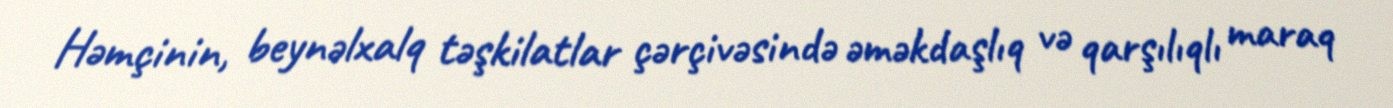
Həmçinin, beynəlxalq təşkilatlar çərçivəsində əməkdaşlıq və qarşılıqlı maraq